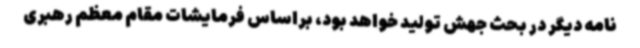
نامه دیگر در بحث جهش تولید خواهد بود، براساس فرمایشات مقام معظم رهبری